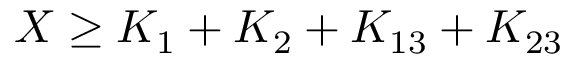
X \ge K _ { 1 } + K _ { 2 } + K _ { 1 3 } + K _ { 2 3 }